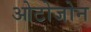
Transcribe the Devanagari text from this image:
ओटोजोन